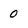
Character: 0